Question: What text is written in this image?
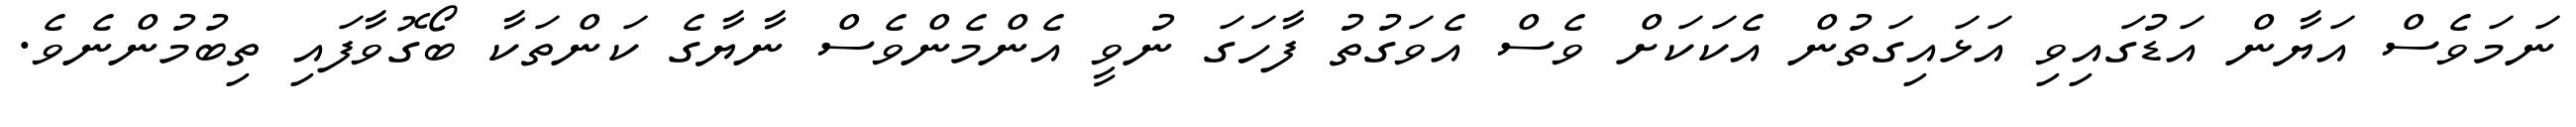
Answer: ނަމަވެސް އަޔާން އަޑުގައިވި އަޅައިގަތުން އެކަކަށް ވެސް އެވަގުތު ފާހަގަ ނުވީ އެންމެންވެސް ނާޔާގެ ކަންތަކާ ބޯގޮވާފައި ތިބުމުންނެވެ.